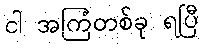
ငါ အကြံတစ်ခု ရပြီ